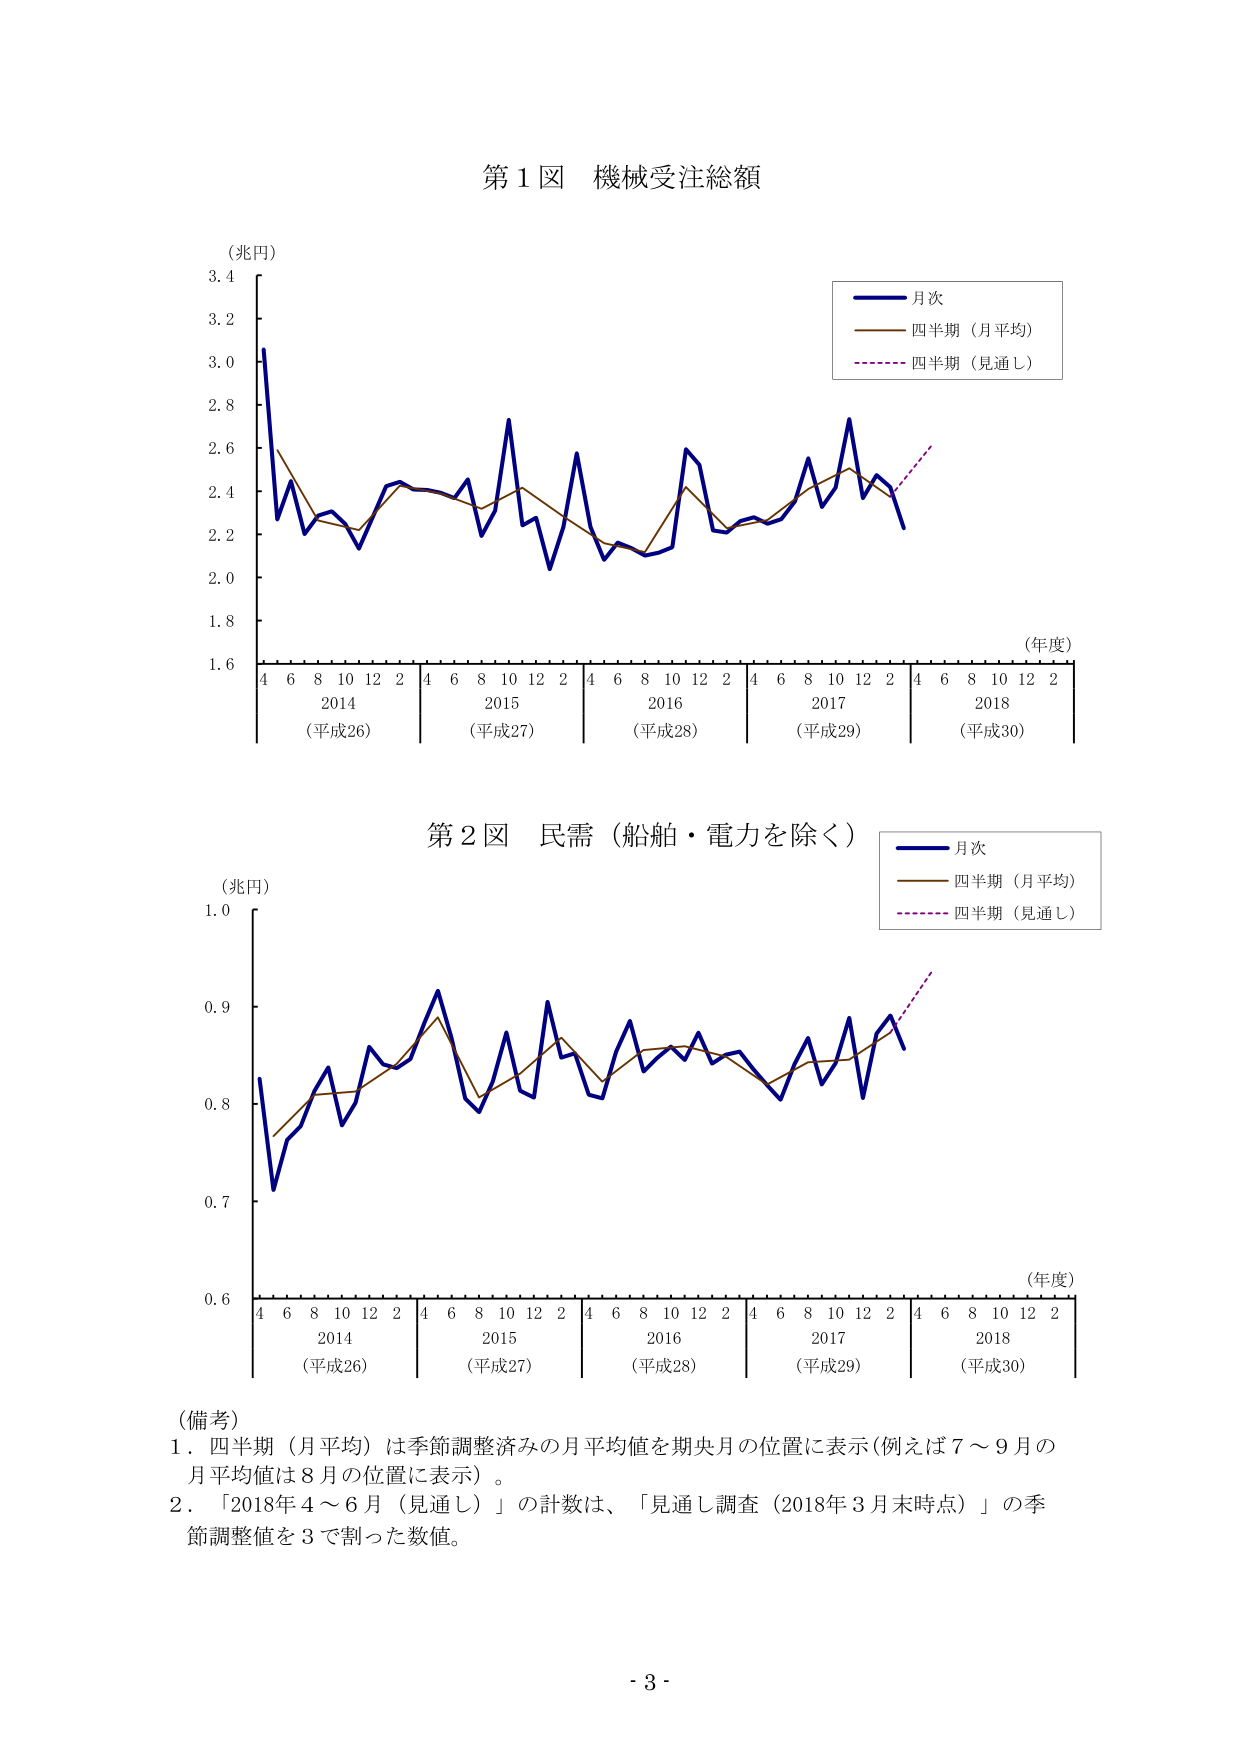
第1図 機械受注総額
（兆円）
3.4
3.2
3.0
2.8
2.6
2.4
2.2
2.0
1.8
1.6
（年度）
4 6 8 10 12 2 4 6 8 10 12 2 4 6 8 10 12 2 4 6 8 10 12 2 4 6 8 10 12 2
2014 （平成26） 2015 （平成27） 2016 （平成28） 2017 （平成29） 2018 （平成30）
月次
四半期（月平均）
四半期（見通し）

第2図 民需（船舶・電力を除く）
（兆円）
1.0
0.9
0.8
0.7
0.6
（年度）
4 6 8 10 12 2 4 6 8 10 12 2 4 6 8 10 12 2 4 6 8 10 12 2 4 6 8 10 12 2
2014 （平成26） 2015 （平成27） 2016 （平成28） 2017 （平成29） 2018 （平成30）
月次
四半期（月平均）
四半期（見通し）

（備考）
1．四半期（月平均）は季節調整済みの月平均値を期央月の位置に表示（例えば7～9月の月平均値は8月の位置に表示）。
2．「2018年4～6月（見通し）」の計数は、「見通し調査（2018年3月末時点）」の季節調整値を3で割った数値。

- 3 -